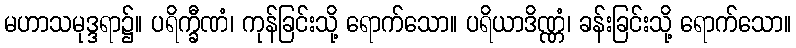
မဟာသမုဒ္ဒရာ၌။ ပရိက္ခီဏံ၊ ကုန်ခြင်းသို့ ရောက်သော။ ပရိယာဒိဏ္ဏံ၊ ခန်းခြင်းသို့ ရောက်သော။